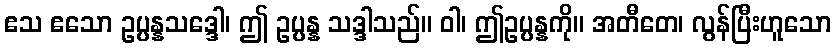
ဧသ ဧသော ဥပ္ပန္နသဒ္ဒေါ၊ ဤ ဥပ္ပန္န သဒ္ဒါသည်။ ဝါ၊ ဤဥပ္ပန္နကို။ အတီတေ၊ လွန်ပြီးဟူသော